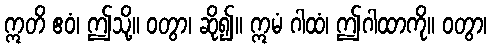
ဣတိ ဧဝံ၊ ဤသို့။ ဝတွာ၊ ဆို၍။ ဣမံ ဂါထံ၊ ဤဂါထာကို။ ဝတွာ၊